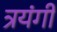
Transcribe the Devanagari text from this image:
त्रयंगी